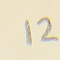
12